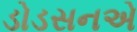
ડોડસનએ